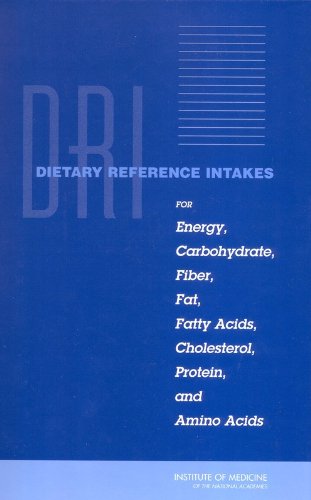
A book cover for Dietary Reference Intakes for Energy, Carbohydrate, Fiber, Fat, Fatty Acids, Cholesterol, Protein, and Amino Acids (Macronutrients); Standing Committee on the Scientific Evaluation of Dietary
Reference Intakes; Health, Fitness & Dieting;